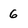
Character: 6